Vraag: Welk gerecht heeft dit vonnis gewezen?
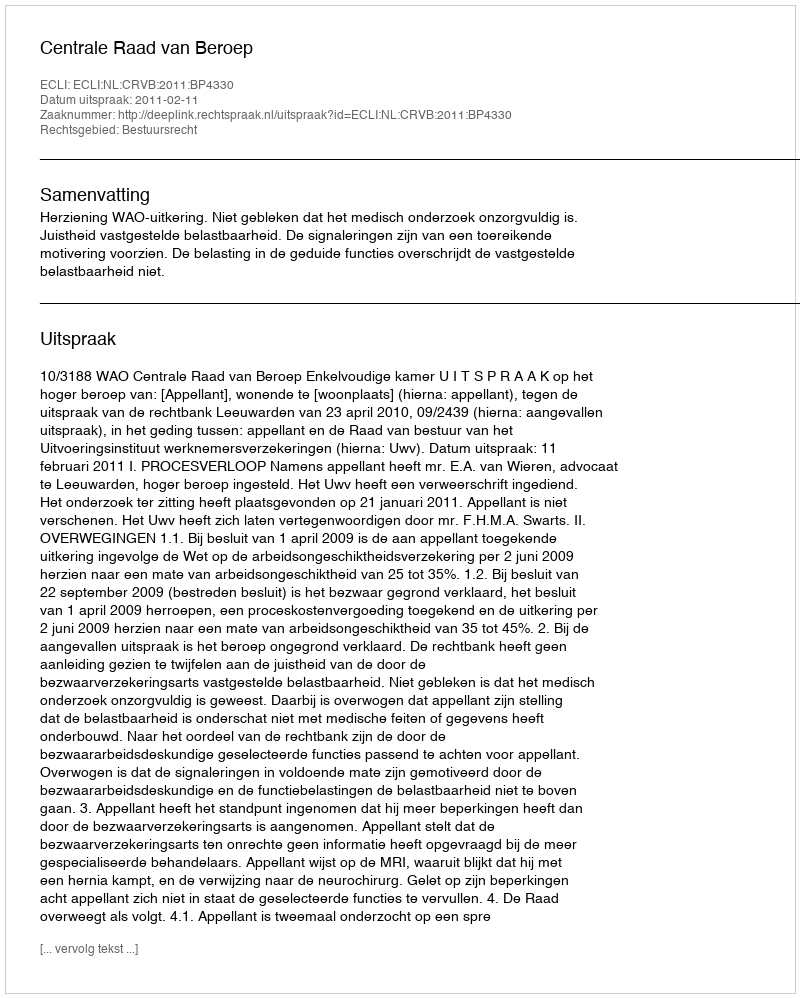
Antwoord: Centrale Raad van Beroep